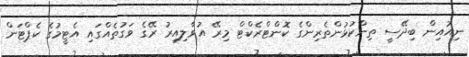
ނިއުއިން ބިދޭސީ ތިންކުޅުންތެރިންގެ ކޮންޓްރެކްޓް މިރޭ އުވާލިއިރު ރޭގެ ވަގުތެއްގައި އެޓީމުގެ ކެޕްޓަން